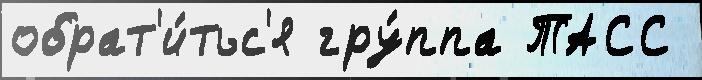
обрат'и́тьс'я гру́ппа ТАСС